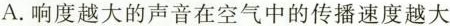
A.响度越大的声音在空气中的传播速度越大